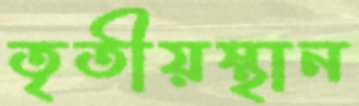
তৃতীয়স্থান